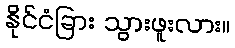
နိုင်ငံခြား သွားဖူးလား။